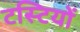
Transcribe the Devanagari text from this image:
टस्टियों